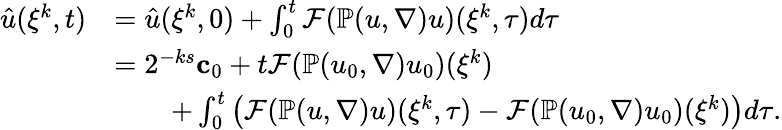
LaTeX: \begin{array}{rl}{\hat{u}(\xi^{k},t)}&{=\hat{u}(\xi^{k},0)+\int_{0}^{t}\mathcal{F}(\mathbb{P}(u,\nabla)u)(\xi^{k},\tau)d\tau}\\ &{=2^{-ks}{\mathbf c}_{0}+t\mathcal{F}(\mathbb{P}(u_{0},\nabla)u_{0})(\xi^{k})}\\ &{\qquad+\int_{0}^{t}\left(\mathcal{F}(\mathbb{P}(u,\nabla)u)(\xi^{k},\tau)-\mathcal{F}(\mathbb{P}(u_{0},\nabla)u_{0})(\xi^{k})\right)d\tau.}\end{array}